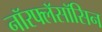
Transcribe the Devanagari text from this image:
नॉरफ्लॅसॉसिन